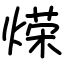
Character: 𫞡